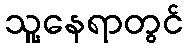
သူ့နေရာတွင်